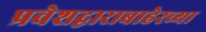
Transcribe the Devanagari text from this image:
प्रवेशद्वाराबाहेरच्या